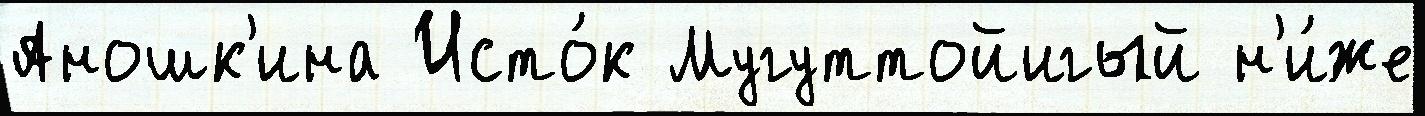
Аношк'ина Исто́к Мугуттойигый н'и́же